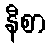
နီစာ